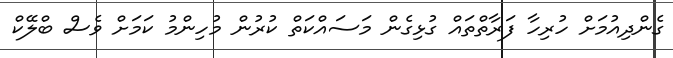
ގެންދިއުމަށް ހުރިހާ ފަރާތްތައް ގުޅިގެން މަސައްކަތް ކުރުން މުހިންމު ކަމަށް ވެސް ބްލޭކް